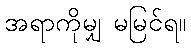
အရာကိုမျှ မမြင်ရ။